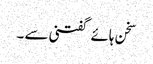
سخن ہائے گفتنی سے ۔